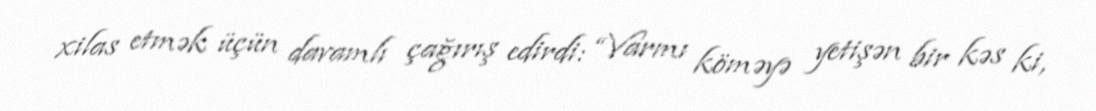
xilas etmək üçün davamlı çağırış edirdi: “Varmı köməyə yetişən bir kəs ki,